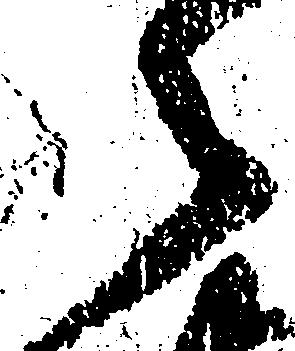
々